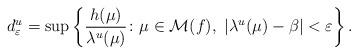
LaTeX: \begin{align*}d^u_\varepsilon={\sup}\left\{\frac{h(\mu)}{\lambda^u(\mu)}\colon\mu\in\mathcal M(f),\ \left|\lambda^u(\mu)-\beta\right|<\varepsilon\right\}.\end{align*}